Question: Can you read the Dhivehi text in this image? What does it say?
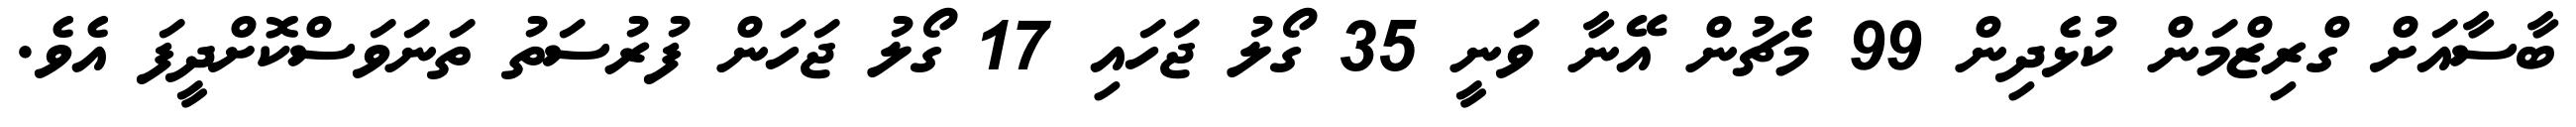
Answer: ބާސާއަށް ގްރިޒްމަން ކުޅެދިން 99 މެޗުން އޭނާ ވަނީ 35 ގޯލު ޖަހައި 17 ގޯލު ޖަހަން ފުރުސަތު ތަނަވަސްކޮށްދީފަ އެވެ.